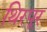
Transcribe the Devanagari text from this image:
थिरपूर